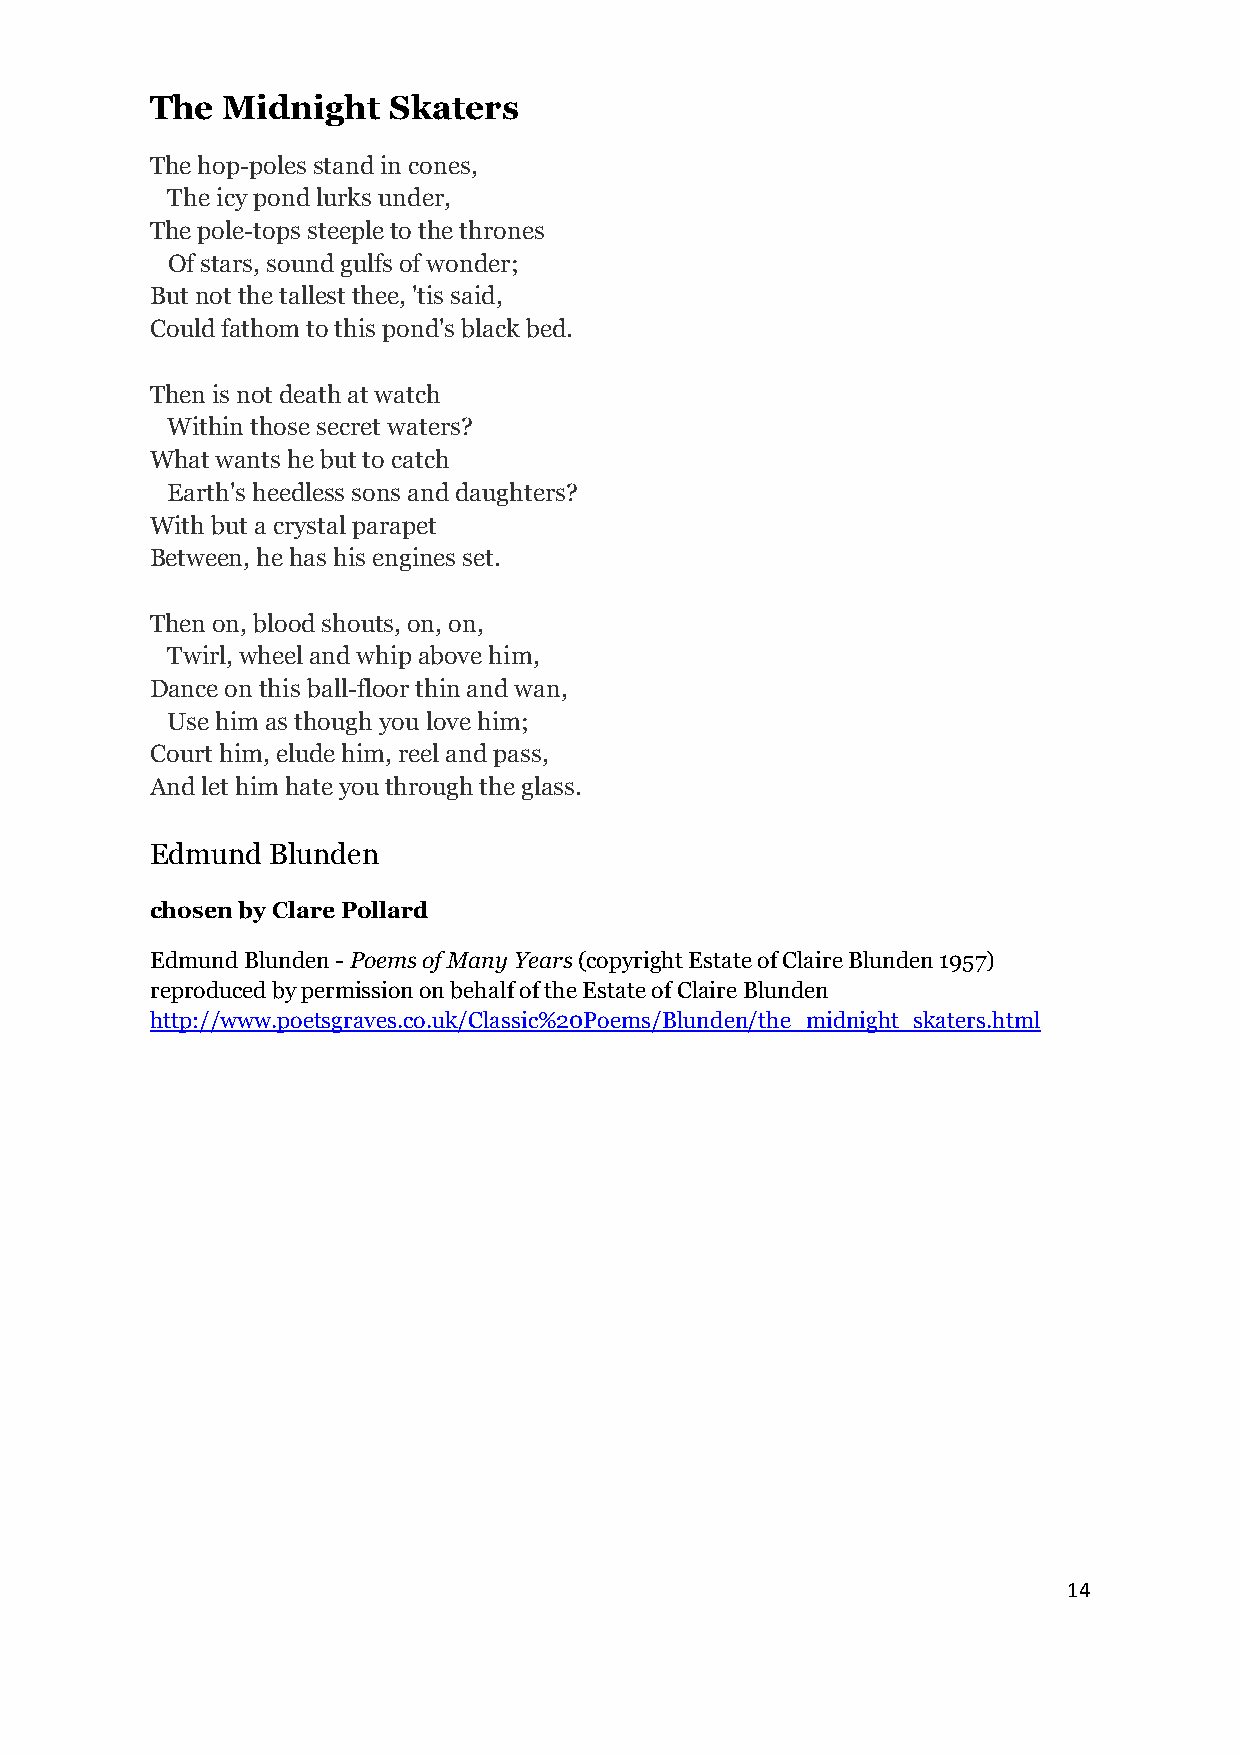
The  Midnight   Skaters
 The hop-poles stand in cones,
 The icy pond lurks under,
 The pole-tops steeple to the thrones
 Of stars, sound gulfs of wonder;
 But not the tallest thee, 'tis said,
 Could fathom to this pond's black bed.
 Then is not death at watch
 Within those secret waters?
 What wants he but to catch
 Earth's heedless sons and daughters?
 With but a crystal parapet
 Between, he has his engines set.
 Then on, blood shouts, on, on,
 Twirl, wheel and whip above him,
 Dance on this ball-floor thin and wan,
 Use him as though you love him;
 Court him, elude him, reel and pass,
 And let him hate you through the glass.
 Edmund  Blunden
 chosen by Clare Pollard
 Edmund Blunden - Poems of Many Years (copyright Estate of Claire Blunden 1957)
 reproduced by permission on behalf of the Estate of Claire Blunden
 http://www.poetsgraves.co.uk/Classic%20Poems/Blunden/the_midnight_skaters.html
 14